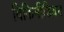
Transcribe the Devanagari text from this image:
विकिमीडियन